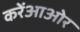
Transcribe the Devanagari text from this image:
करेंआओर